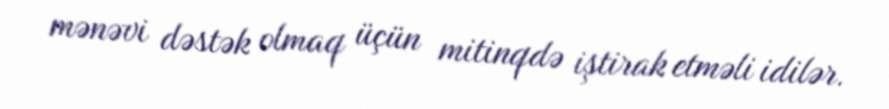
mənəvi dəstək olmaq üçün mitinqdə iştirak etməli idilər.